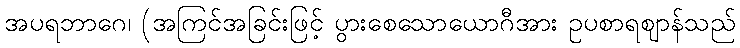
အပရဘာဂေ၊ (အကြင်အခြင်းဖြင့် ပွားစေသောယောဂီအား ဥပစာရဈာန်သည်